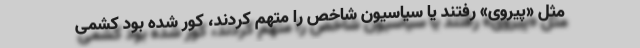
مثل «پیروی» رفتند یا سیاسیون شاخص را متهم کردند، کور شده بود کشمی